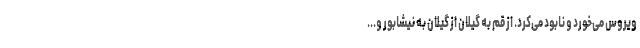
ویروس می‌خورد و نابود می‌کرد. از قم به گیلان از گیلان به نیشابور و...